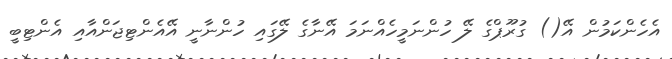
އެހެންކަމުން އޭ() ގުރޫޕްގެ ލޭ ހުންނަމީހެއްނަމަ އޭނާގެ ލޭގައި ހުންނާނީ އޭއެންޓިޖަންއާއި އެންޓިބީ